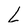
Character: L